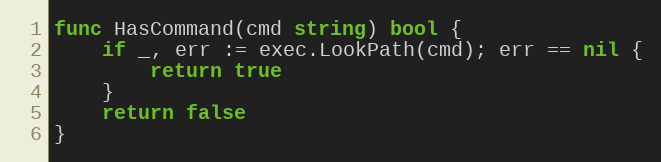
Language: Go
func HasCommand(cmd string) bool {
	if _, err := exec.LookPath(cmd); err == nil {
		return true
	}
	return false
}